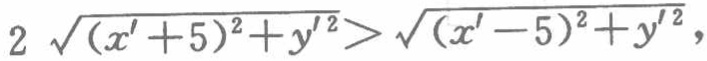
\(2\sqrt{(x'+5)^{2}+y'^{2}}>\sqrt{(x'-5)^{2}+y'^{2}}\)